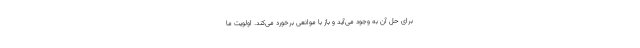
برای حل آن به وجود می‌آید و باز با موانعی برخورد می‌کند. اولویت ما